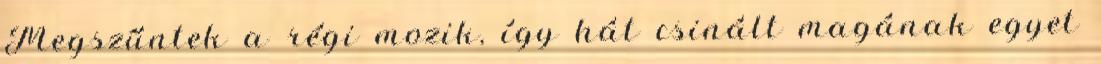
Megszűntek a régi mozik, így hát csinált magának egyet